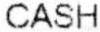
CASH